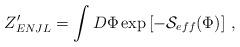
LaTeX: \begin{align*}Z_{ENJL}' = \int D\Phi\exp\left[-{\cal S}_{eff}(\Phi)\right]\,,\end{align*}